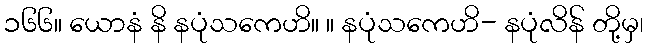
၁၆၆။ ယောနံ နိ နပုံသကေဟိ။ ။ နပုံသကေဟိ- နပုံလိန် တို့မှ၊